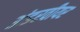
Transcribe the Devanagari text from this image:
अंडरवीयर